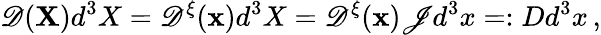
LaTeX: \mathscr{D}({\mathbf{X}})d^{3}X=\mathscr{D}^{\xi}({\mathbf{x}})d^{3}X=\mathscr{D}^{\xi}({\mathbf{x}})\mathscr{J}d^{3}x=:{D}d^{3}x\, ,